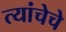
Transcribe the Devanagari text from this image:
त्यांचेचे